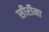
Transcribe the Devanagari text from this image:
सीरीना